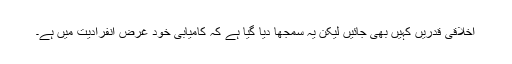
اخلاقی قدریں کہیں بھی جائیں لیکن یہ سمجھا دیا گیا ہے کہ کامیابی خود غرض انفرادیت میں ہے۔